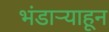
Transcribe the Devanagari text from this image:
भंडार्‍याहून